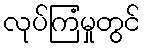
လုပ်ကြံမှုတွင်